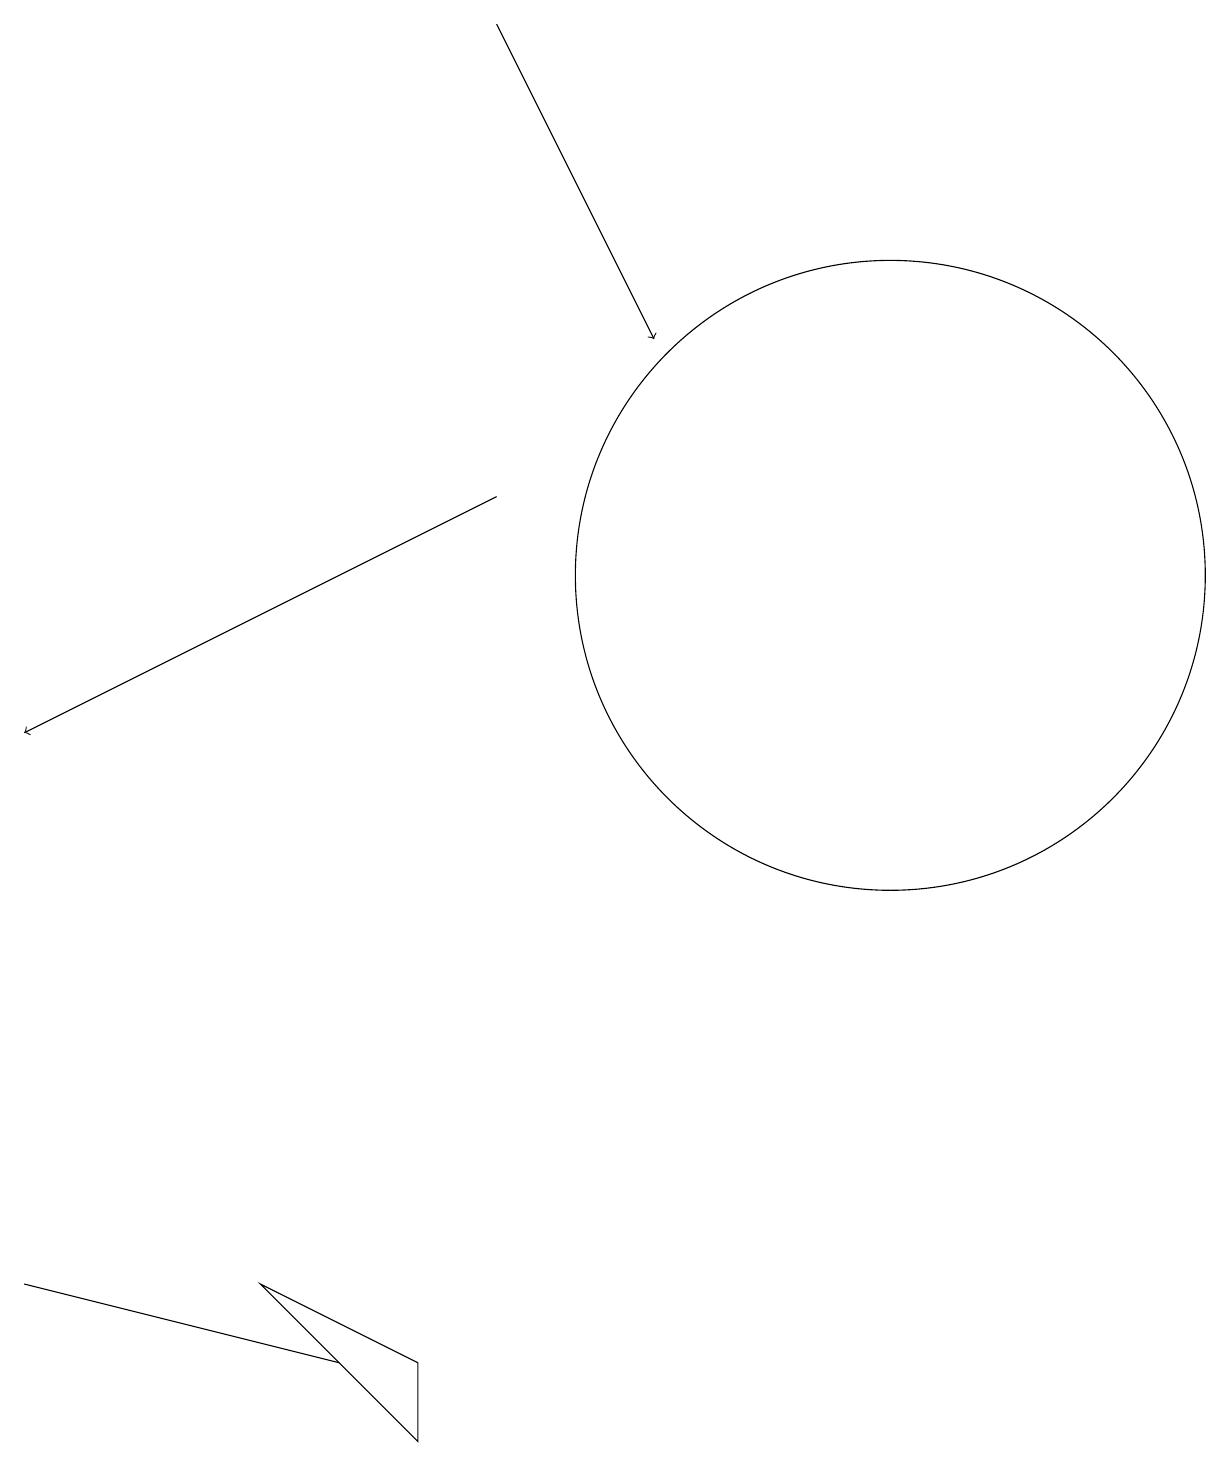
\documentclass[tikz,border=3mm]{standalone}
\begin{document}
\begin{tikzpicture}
\draw[->] (6,13) -- (0,10);
\draw (5,1) -- (3,3) -- (5,2) -- cycle;
\draw (11,12) circle (4);
\draw[->] (6,19) -- (8,15);
\draw (0,3) -- (4,2) -- (4,2) -- cycle;
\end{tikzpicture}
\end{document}